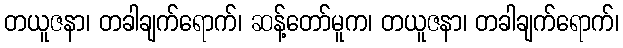
တယူဇနာ၊ တခါချက်ရောက်၊ ဆန့်တော်မူက၊ တယူဇနာ၊ တခါချက်ရောက်၊